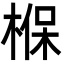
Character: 椺